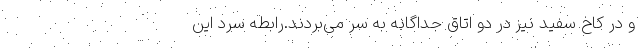
و در کاخ سفید نیز در دو اتاق جداگانه به سر می‌بردند.رابطه سرد این